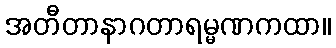
အတီတာနာဂတာရမ္မဏကထာ။